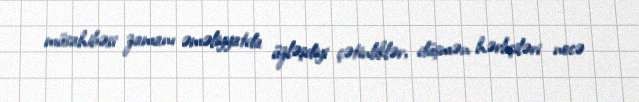
müsahibəsi zamanı əməliyyatda üzləşdiyi çətinliklər, düşmən hərbçiləri necə